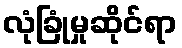
လုံခြုံမှုဆိုင်ရာ